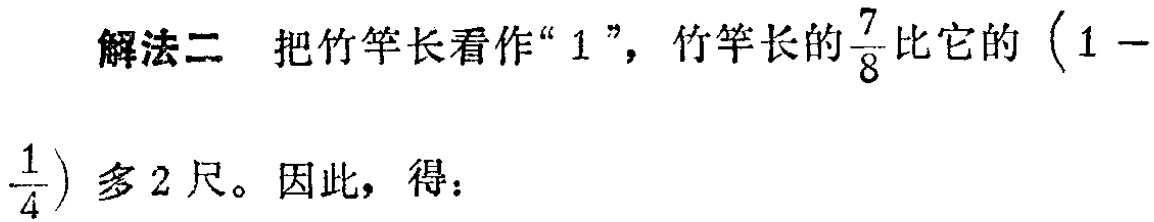
解法二 把竹竿长看作“$1$”，竹竿长的$\frac{7}{8}$比它的$(1 - \frac{1}{4})$多$2$尺。因此，得：